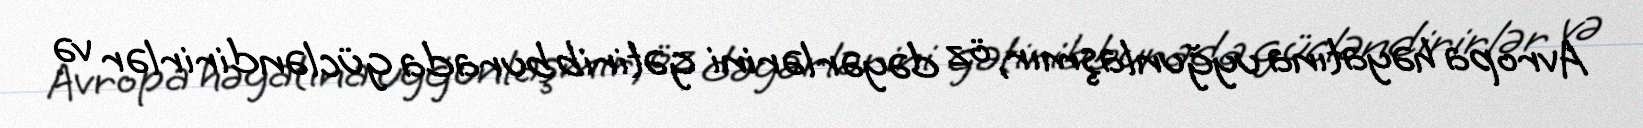
Avropa həyatına uyğunlaşmır, öz dəyərlərini gətirib burada gücləndirirlər və